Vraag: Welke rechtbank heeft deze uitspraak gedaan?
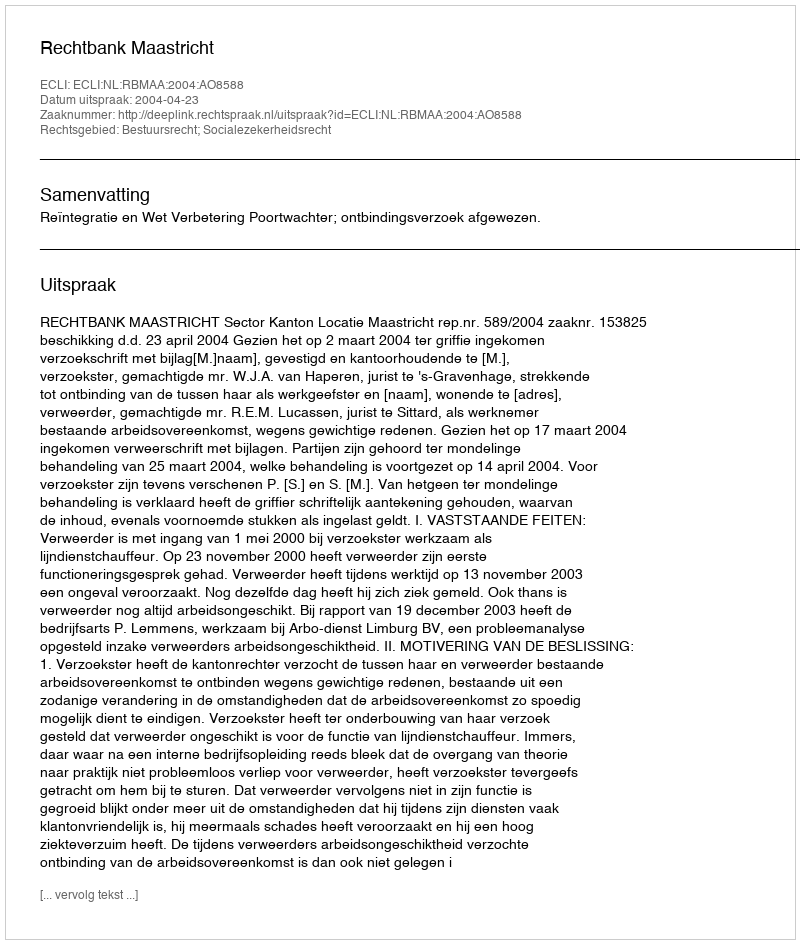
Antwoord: Rechtbank Maastricht